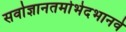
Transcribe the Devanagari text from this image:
सर्वाज्ञानतमोभेदभानवे